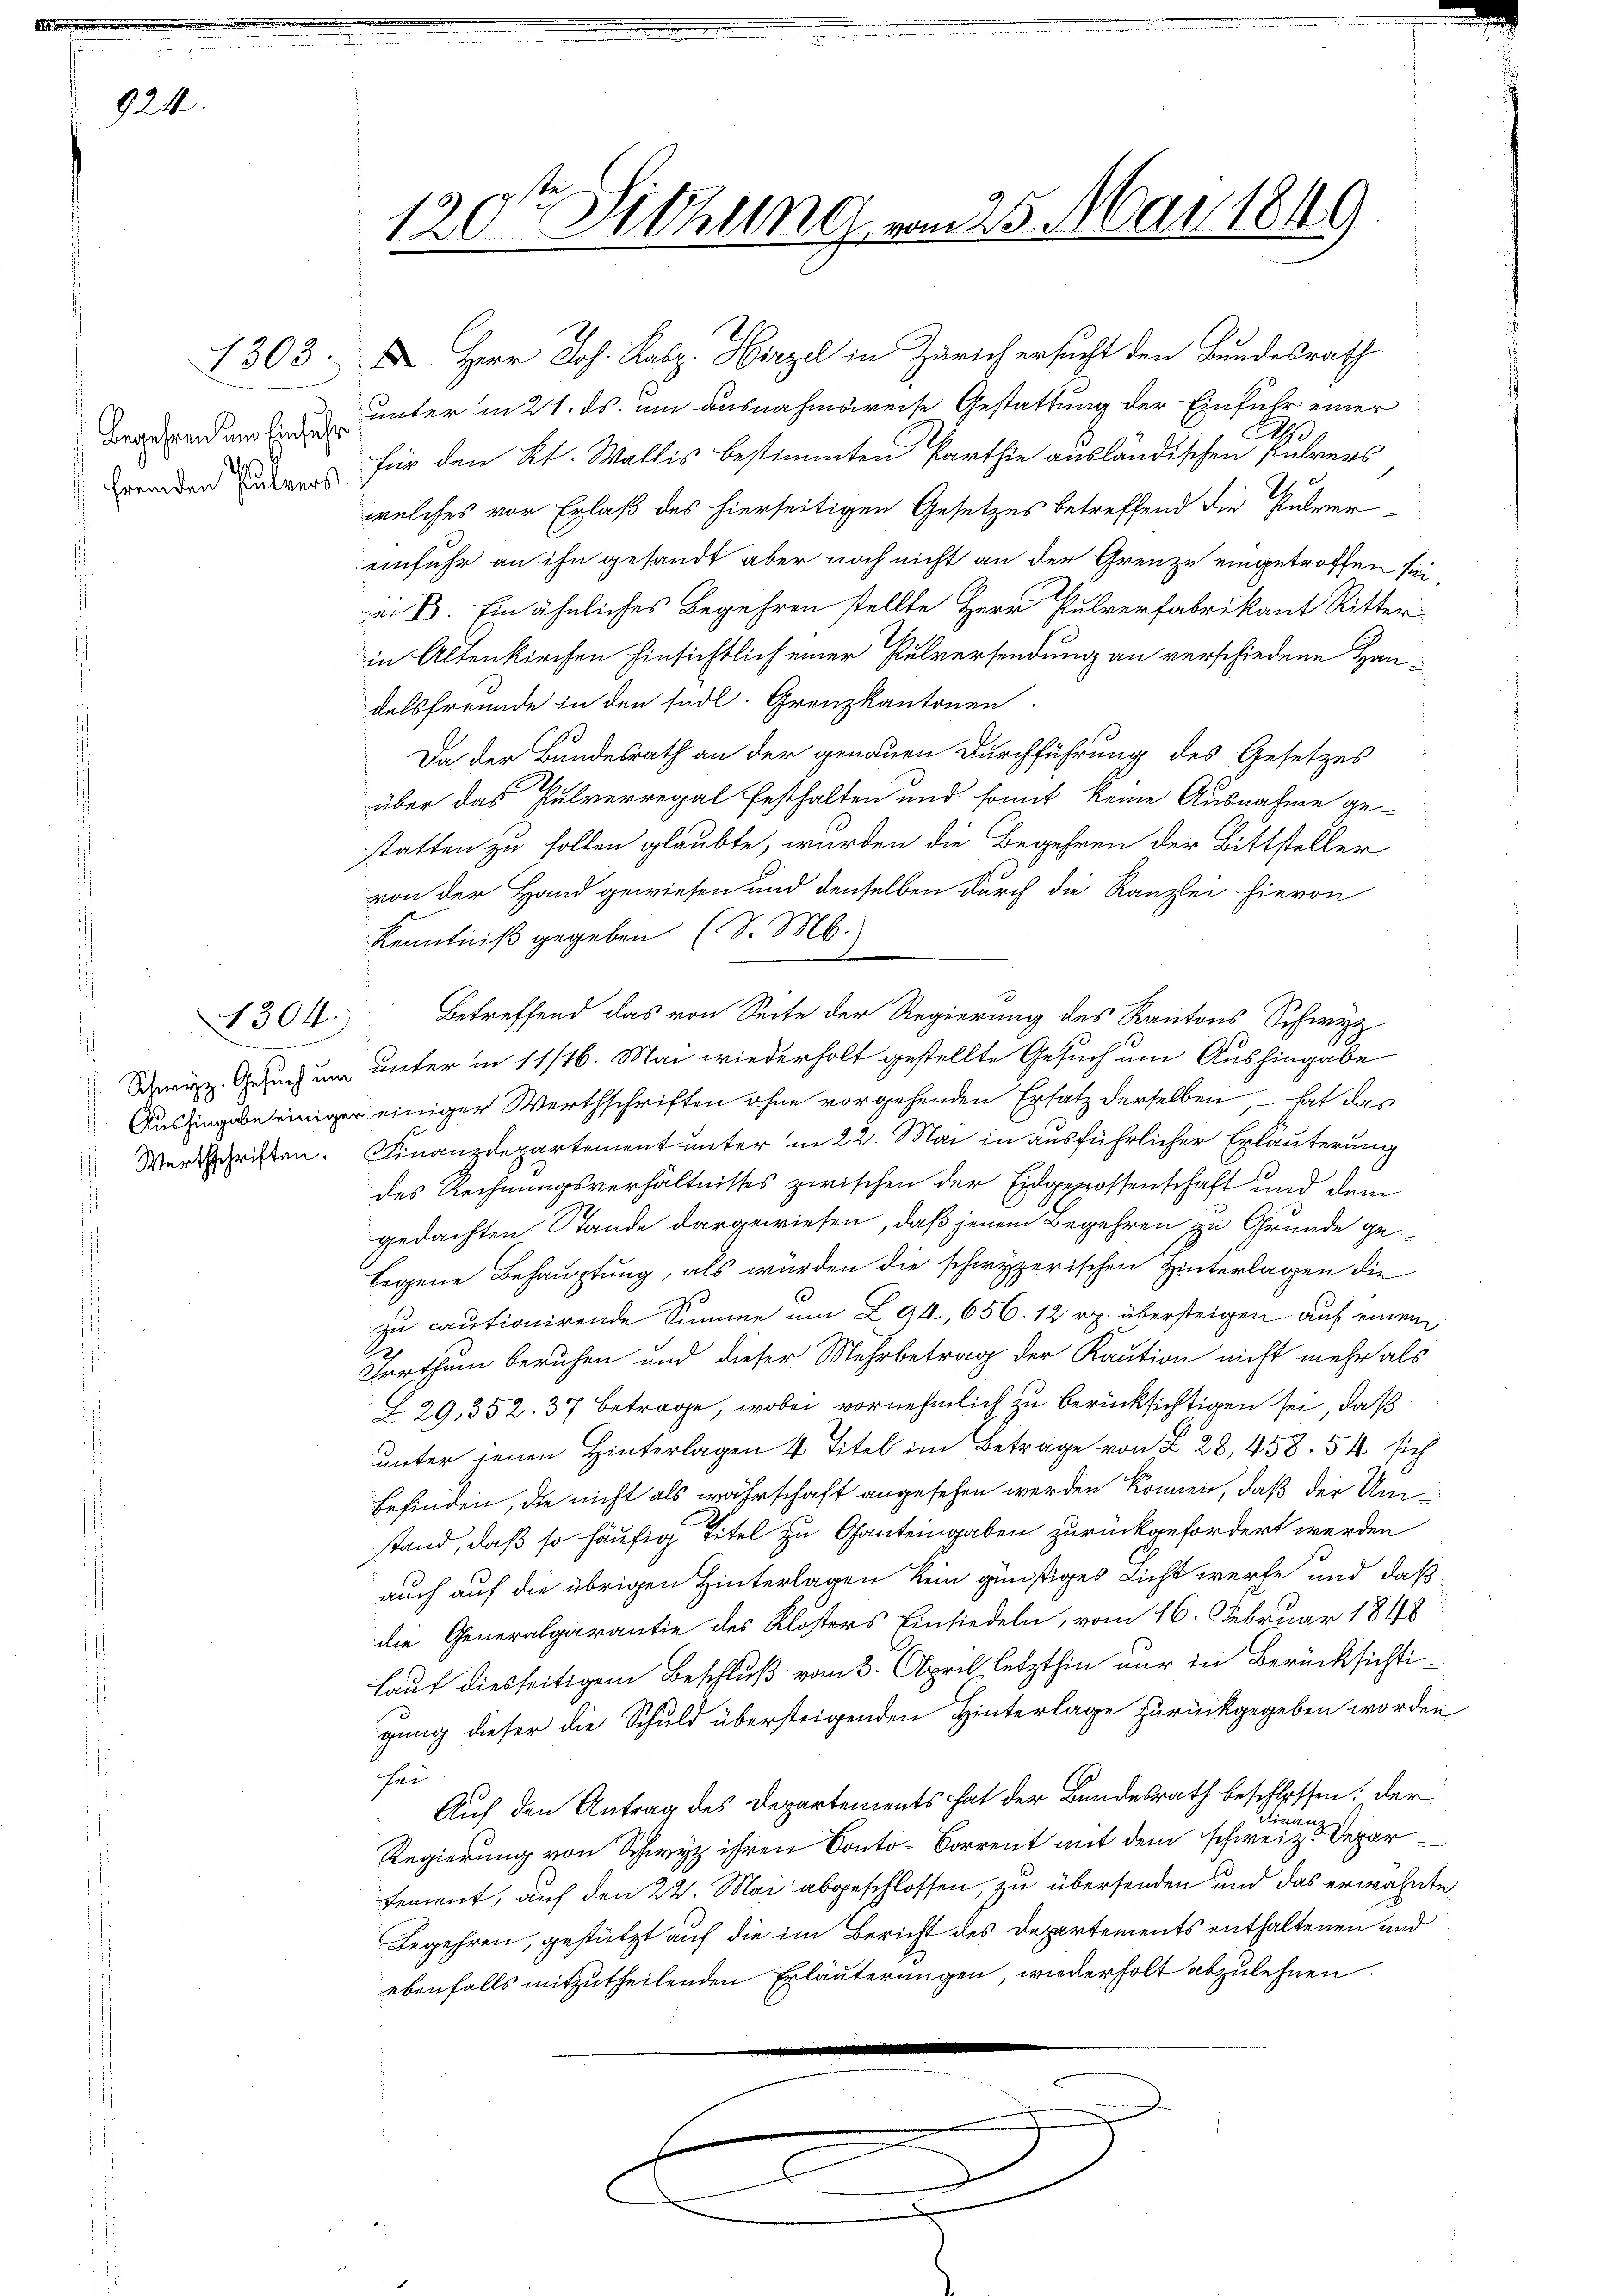
924.

Begehren um Einfuhr
hrenden Planes

1303

2

1304.

120ten Sitzung vom 25. Mai 1849.

Herr Joh. Lalz. Hirzel in Zürich ersucht den Bundesrath
unter in 21. ds. um ausnahmsweise Gestattung der Einfuhr einer
C
für den Kt. Wallis bestimmten Parthie ausländischen Pulvers
welches vor Erlaß des hierseitigen Gesetzes betreffend die Pulvereinfuhr an ihn gesandt aber noch nicht an der Grenze eingetroffen sei,
ei B. Ein ähnliches Begehren stellte Herr Pulverfabrikant Ritter
in Altenkirchen hinsichtlich einer Pulversendung an verschiedene Handelsfreunde in den südl. Grenzkantonen.
Da der Bundesrath an der genauen Durchführung des Gesetzes
über das Pulverregal festhalten und somit keine Ausnahme ge-
statten zu sollen glaubte, wurden die Begehren der Bittsteller
von der Hand gewiesen und denselben durch die Kanzlei hievon
Kenntniß gegeben (S. M.
Betreffend das von Seite der Regierung des Kantons Schw
Si. Gesuch um unter in 11/16. Mai wiederholt gestellte Gesuch um Aushingabe
Aushingabe einiger einiger Werthschriften ohne vorgehenden Ersatz derselben, – hat das
Werkschriften. Finanzdepartement unter in 22. Mai in ausführlicher Erläuterung
des Rechnungsverhältnisses zwischen der Eidgegossenschaft und dem
gedachten Stande dargewiesen, daß jenem Begehren zu Grunde gelegene Behauptung, als würden die schwyzerischen Hinterlagen die
zu cautionirende Summe am 294, 656. 12 rp. übersteigen auf einem
2
Irrthum beruhen und dieser Mehrbetrag der Kaution nicht mehr als
L29, 352. 37 betrage, wobei vornehmlich zu berücksichtigen sei, daß
unter jenen Hinterlagen 4 Titel im Betrage von § 28, 458. 54 sich
befinden, die nicht als währschaft angesehen werden können, daß der Umstand, daß so häufig Titel zu Ganteingaben zurückgefordert werden
auch auf die übrigen Hinterlagen kein günstiges Licht werfe und daß
die Generalparantie des Klösters Einsiedeln, vom 16. Februar 1848
lauf diesseitigem Beschluß vom 3. April letzthin nur in Berücksichtigung dieser die Schuld übersteigenden Hinterlage zurückgegeben worden
hen
Auf den Antrag des Departements hat der Bundesrath beschlossen: der
Finanz
Regierung von Schwyz ihren Conto-Corrent mit dem schweiz. Departement, auf den 22. Mai abgeschlossen, zu übersenden und das erwähnte
Begehren, gestützt auf die im Bericht des Departements enthaltenen und
ebenfalls mitzutheilenden Erläuterungen, wiederholt abzulehnen.

E

C